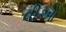
વીઓ